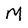
Character: M